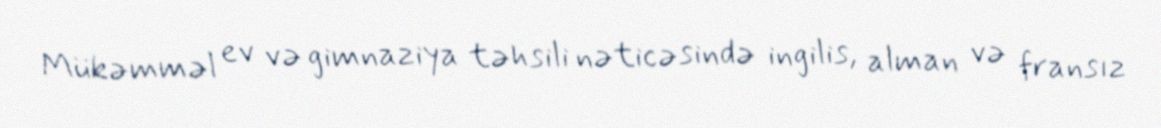
Mükəmməl ev və gimnaziya təhsili nəticəsində ingilis, alman və fransız